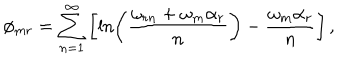
\phi _ { m r } = \sum _ { n = 1 } ^ { \infty } \left[ \ln \left( \frac { \omega _ { r n } + \omega _ { m } \alpha _ { r } } { n } \right) - \frac { \omega _ { m } \alpha _ { r } } { n } \right] ,